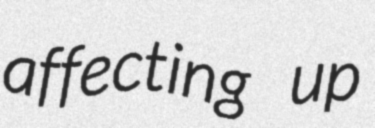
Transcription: affecting up